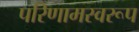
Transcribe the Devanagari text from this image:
परिणामस्वरूप